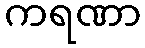
ကရဏာ